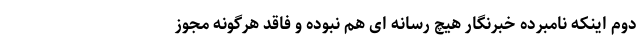
دوم اینکه نامبرده خبرنگار هیچ رسانه ای هم نبوده و فاقد هرگونه مجوز